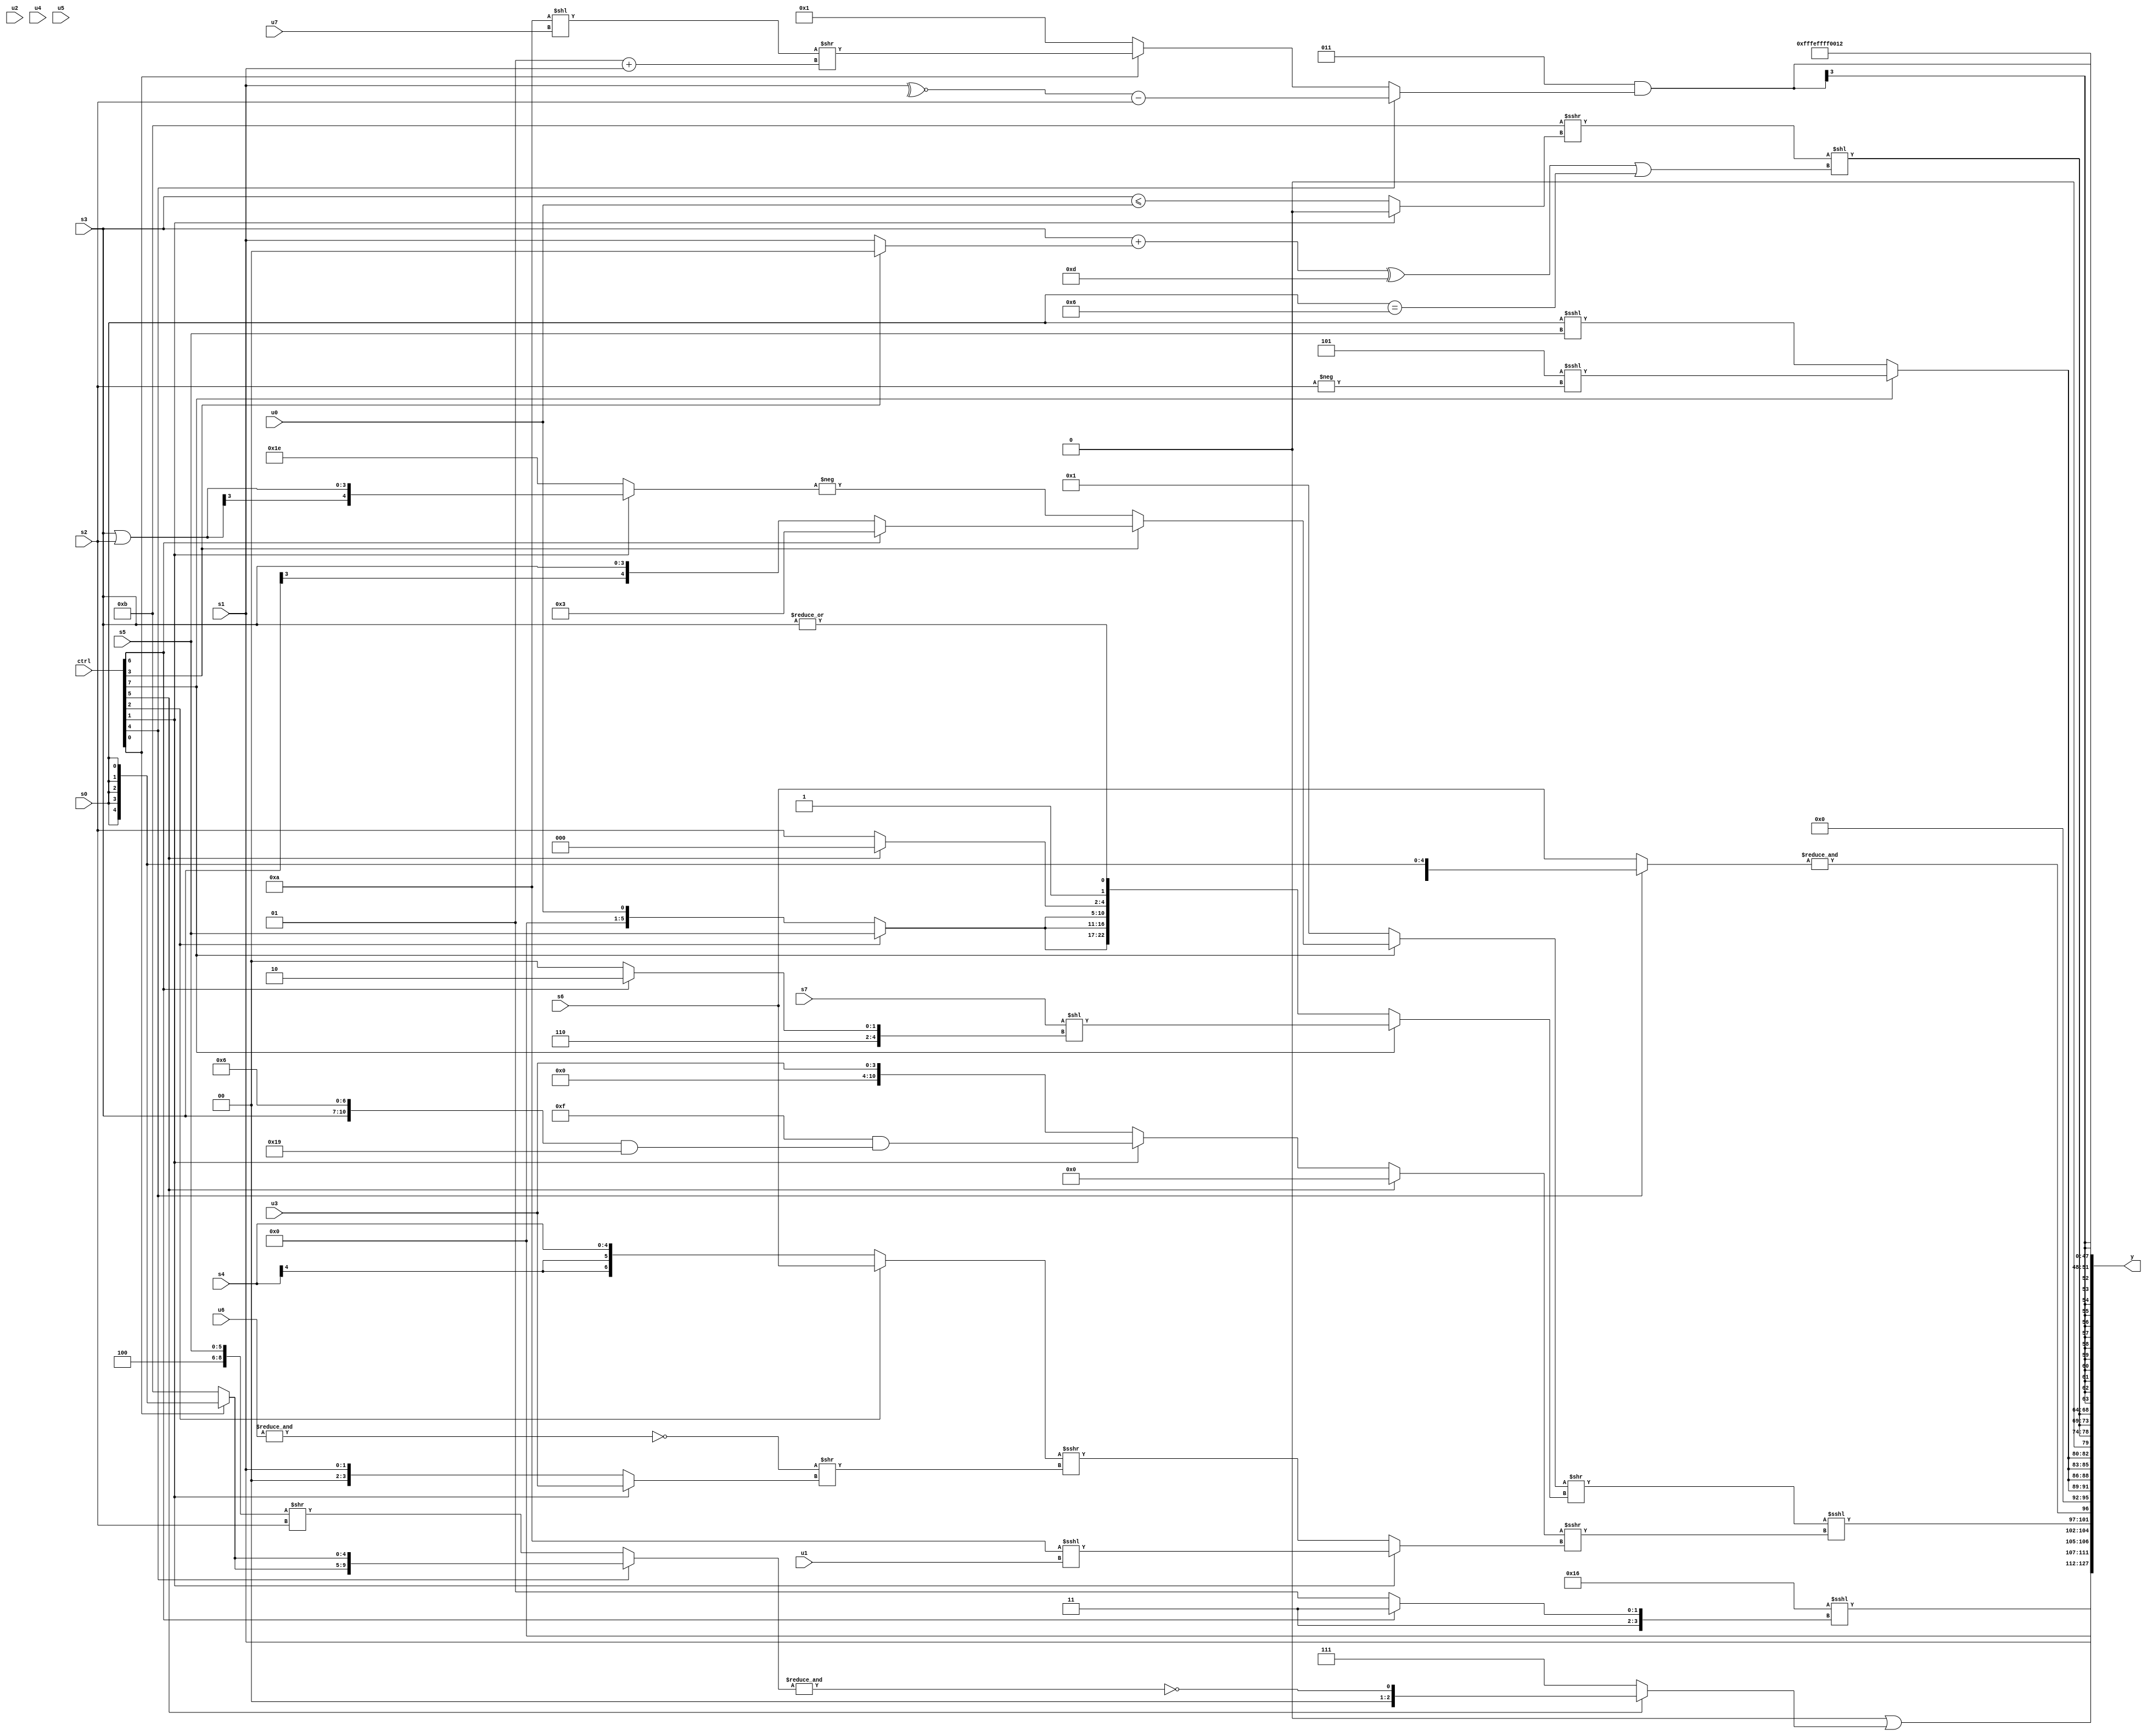
module wideexpr_00430(ctrl, u0, u1, u2, u3, u4, u5, u6, u7, s0, s1, s2, s3, s4, s5, s6, s7, y);
  input [7:0] ctrl;
  input [0:0] u0;
  input [1:0] u1;
  input [2:0] u2;
  input [3:0] u3;
  input [4:0] u4;
  input [5:0] u5;
  input [6:0] u6;
  input [7:0] u7;
  input signed [0:0] s0;
  input signed [1:0] s1;
  input signed [2:0] s2;
  input signed [3:0] s3;
  input signed [4:0] s4;
  input signed [5:0] s5;
  input signed [6:0] s6;
  input signed [7:0] s7;
  output [127:0] y;
  wire [15:0] y0;
  wire [15:0] y1;
  wire [15:0] y2;
  wire [15:0] y3;
  wire [15:0] y4;
  wire [15:0] y5;
  wire [15:0] y6;
  wire [15:0] y7;
  assign y = {y0,y1,y2,y3,y4,y5,y6,y7};
  assign y0 = +((5'sb10110)<<<((ctrl[6]?4'b1111:+($unsigned(6'sb001101)))));
  assign y1 = {s1,(1'b0)|((ctrl[5]?~&((ctrl[4]?{2{$signed((ctrl[0]?s0:5'sb01011))}}:(({3'sb010,1'sb0,s5})>>(s2))>>((u0)>>($signed(2'b11))))):3'b111)),(((ctrl[7]?(ctrl[3]?(ctrl[6]?$signed(3'b011):$signed(s3)):-((ctrl[1]?(s3)|(s2):$signed(4'sb1110)))):(ctrl[7]?(ctrl[6]?((s1)>>(4'sb1001))^((s4)-(3'sb101)):2'sb11):2'sb01)))>>(+((ctrl[7]?({+(s7)})<<($signed((ctrl[6]?5'sb11010:4'sb1000))):{{3{(ctrl[2]?s5:u0)}},(ctrl[5]?$signed(2'sb00):+(s2)),~&((1'sb0)-(4'sb1111)),|(s3)}))))<<<(((ctrl[5]?~|($signed(5'b11100)):(ctrl[1]?({2{2'sb11}})&(({s3,1'sb0,6'sb000110})&(5'sb11001)):u3)))>>>($signed((ctrl[1]?($signed($unsigned(6'sb111010)))<<<(+($signed(u1))):($signed((ctrl[2]?s6:s4)))>>>((~&(u6))>>((ctrl[1]?u3:s1))))))),&({(ctrl[4]?$signed(s0):s6)})};
  assign y2 = {4{((ctrl[7]?(3'sb101)<<<(-(s2)):((s0)>>>(2'b11))<<<($signed(s5))))<<(6'sb000000)}};
  assign y3 = {3{({(5'sb01011)>>>((ctrl[1]?$signed(2'sb00):(s3)<=(u0)))})<<((((s3)+((ctrl[3]?1'sb0:s1)))^(5'sb01101))|(+((s0)==(5'sb00110))))}};
  assign y4 = (3'sb011)&($signed((ctrl[4]?(~^($signed(s1)))-($signed(s2)):(ctrl[0]?((4'b1010)<<(u7))>>((2'sb01)+(s1)):~|($signed(2'sb00))))));
  assign y5 = $signed(+(4'sb1110));
  assign y6 = 3'sb111;
  assign y7 = +((6'sb010100)-(3'sb010));
endmodule